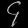
Digit: ၄